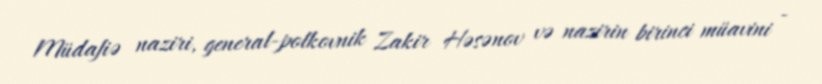
Müdafiə naziri, general-polkovnik Zakir Həsənov və nazirin birinci müavini -